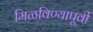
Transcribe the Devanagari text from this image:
मिळविण्यापूर्वी